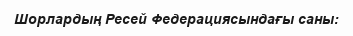
Шорлардың Ресей Федерациясындағы саны: